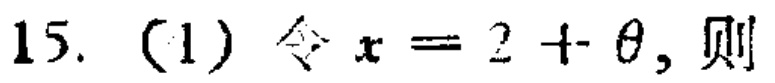
15. (1) 令 \(x = 2+\theta\)，则